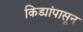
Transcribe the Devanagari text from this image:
किड्यांपासून